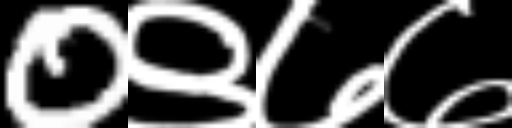
Text: 0९७७